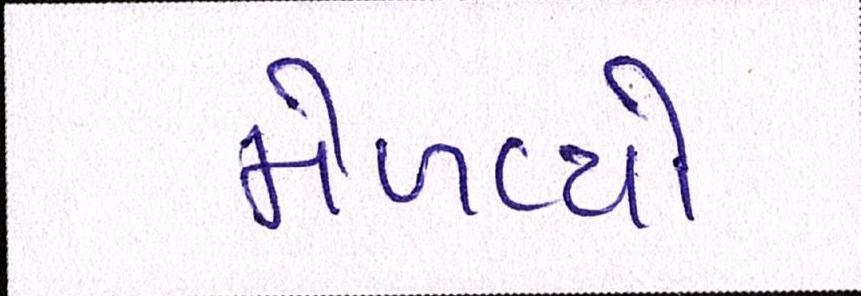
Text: મેળવ્યો